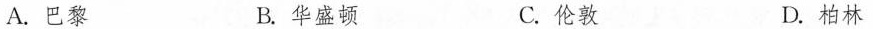
A.巴黎 B.华盛顿 C.伦敦 D.柏林